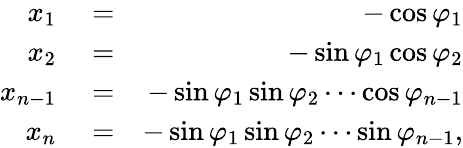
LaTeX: \begin{array}{rlr}{x_{1}}&{{}=}&{-\cos\varphi_{1}}\\ {x_{2}}&{{}=}&{-\sin\varphi_{1}\cos\varphi_{2}}\\ {x_{n-1}}&{{}=}&{-\sin\varphi_{1}\sin\varphi_{2}\cdots\cos\varphi_{n-1}}\\ {x_{n}}&{{}=}&{-\sin\varphi_{1}\sin\varphi_{2}\cdots\sin\varphi_{n-1},}\end{array}